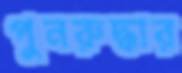
পুনরুদ্ধার